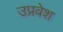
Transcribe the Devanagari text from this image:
उप्रवेश